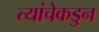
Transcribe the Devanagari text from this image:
त्यांचेकडुन